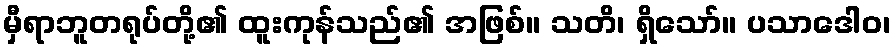
မှီရာဘူတရုပ်တို့၏ ထူးကုန်သည်၏ အဖြစ်။ သတိ၊ ရှိသော်။ ပသာဒေါဝ၊